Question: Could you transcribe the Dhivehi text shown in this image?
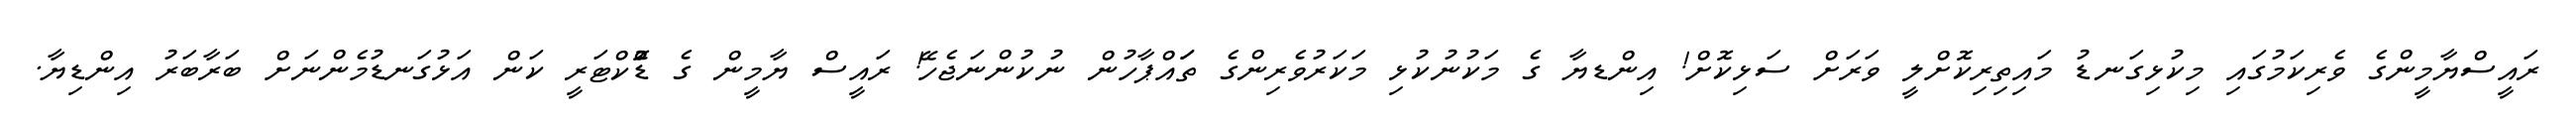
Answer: ރައީސްޔާމީންގެ ވެރިކަމުގައި މިކުޅިގަނޑު މައިތިރިކޮށްލީ ވަރަށް ސަޅިކޮށް! އިންޑޔާ ގެ މަކުނުކުޅި މަކަރުވެރިންގެ ތަައްޕާހުން ނުކުންނަޖެހޭ! ރައީސް ޔާމީން ގެ ޑޮްކްޓަރީ ކަން އަޅުގަނޑުމެންނަށް ބަރާބަރު އިންޑިޔާ.